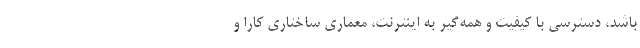
باشد، دسترسی با کیفیت و همه‌گیر به اینترنت، معماری ساختاری کارا و